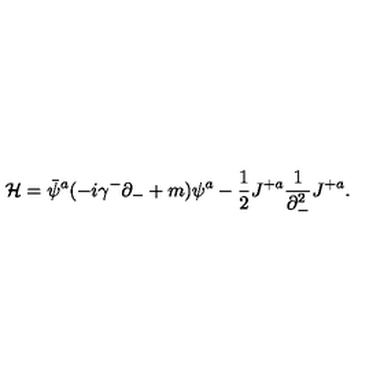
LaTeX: { \cal H } = \bar { \psi } ^ { a } ( - i \gamma ^ { - } \partial _ { - } + m ) \psi ^ { a } - { \frac { 1 } { 2 } } J ^ { + a } { \frac { 1 } { \partial _ { - } ^ { 2 } } } J ^ { + a } .